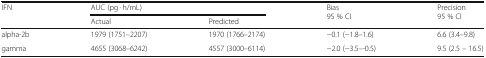
| <ROWSPAN=2> IFN | <COLSPAN=2> AUC (pg · h/mL) | <ROWSPAN=2> Bias95 % CI | <ROWSPAN=2> Precision95 % CI |
 | Actual | Predicted |
 | --- | --- | --- | --- | --- |
 | alpha-2b | 1979 (1751–2207) | 1970 (1766–2174) | −0.1 (−1.8–1.6) | 6.6 (3.4–9.8) |
 | gamma | 4655 (3068–6242) | 4557 (3000–6114) | −2.0 (−3.5–-0.5) | 9.5 (2.5 – 16.5) |